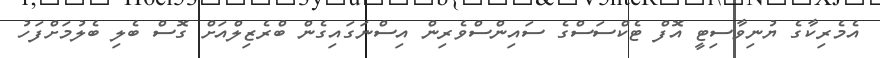
އެމެރިކާގެ ޔުނިވާސިޓީ އޮފް ޓެކްސަސްގެ ސައިންސްވެރިން އިސްނަގައިގެން ބްރެޒިލްއަށް ގޮސް ބެލި ބެލުމަށްފަހު